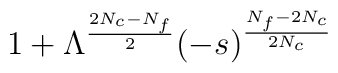
1 + \Lambda^{\frac{2N_c-N_f}{2}}(-s)^{\frac{N_f-2N_c}{2N_c}}